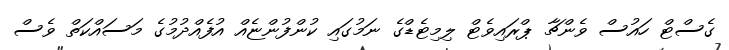
ގެސްޓް ހައުސް ވެންޗާ ޕްރައިވެޓް ލިމިޓެޑްގެ ނަމުގައި ކުންފުންޏެއް އުފެއްދުމުގެ މަސައްކަތް ވެސް